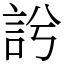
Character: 䚷